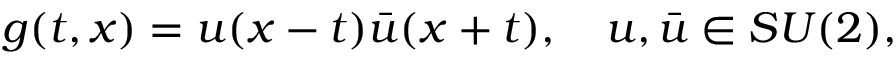
g ( t , x ) = u ( x - t ) \bar { u } ( x + t ) , \quad u , \bar { u } \in S U ( 2 ) ,